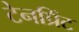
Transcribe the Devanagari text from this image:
टेनप्रिंट